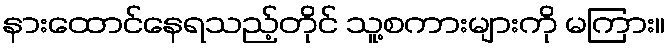
နားထောင်နေရသည့်တိုင် သူ့စကားများကို မကြား။